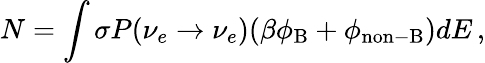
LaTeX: N=\int\sigma P(\nu_{e}\to\nu_{e})(\beta\phi_{\mathrm{B}}+\phi_{\mathrm{non{-}B}})dE\, ,